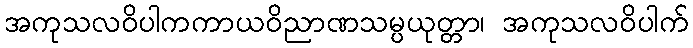
အကုသလဝိပါကကာယဝိညာဏသမ္ပယုတ္တာ၊ အကုသလဝိပါက်